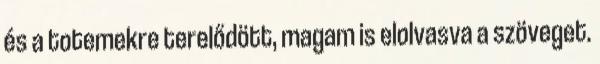
és a totemekre terelődött, magam is elolvasva a szöveget.